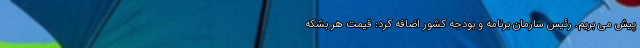
پیش می بریم. رئیس سازمان برنامه و بودجه کشور اضافه کرد: قیمت هر بشکه